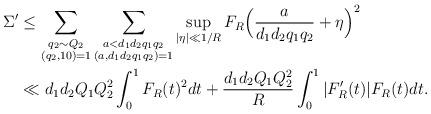
LaTeX: \begin{align*}\Sigma'&\le \sum_{\substack{q_2\sim Q_2\\ (q_2,10)=1}}\sum_{\substack{a< d_1d_2q_1q_2\\ (a,d_1d_2q_1q_2)=1}}\sup_{|\eta|\ll 1/R}F_{R}\Bigl(\frac{a}{d_1d_2q_1q_2}+\eta\Bigr)^2&\\&\ll d_1d_2Q_1Q_2^2\int_0^1 F_{R}(t)^2 d t+\frac{d_1d_2Q_1Q_2^2}{R}\int_0^1|F_{R}'(t)|F_{R}(t) d t.\end{align*}